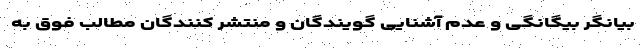
بیانگر بیگانگی و عدم آشنایی گویندگان و منتشر کنندگان مطالب فوق به